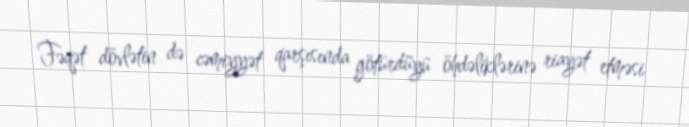
Fəqət dövlətin də cəmiyyət qarşısında götürdüyü öhdəliklərinə riayət etməsi